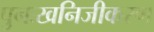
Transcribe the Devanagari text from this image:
पुनःखनिजीकरण